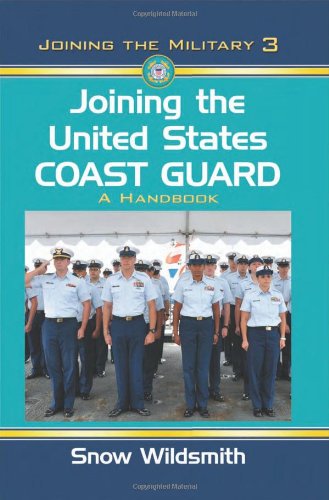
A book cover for Joining the United States Coast Guard: A Handbook (Joining the Military); Snow Wildsmith; Test Preparation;